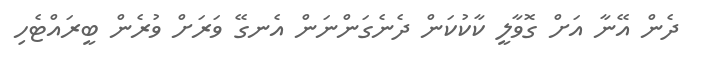
ދެން އޭނާ އަށް ގޮވާލީ ކާކުކަން ދެނެގަންނަން އެނގޭ ވަރަށް ވުރެން ބީރައްޓެހި